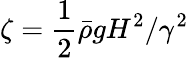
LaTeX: \zeta=\frac{1}{2}\bar{\rho}gH^{2}/\gamma^{2}